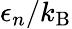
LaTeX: \epsilon_{n}/k_{\mathrm{B}}